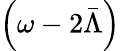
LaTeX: \left(\omega-2\bar{\Lambda}\right)